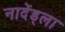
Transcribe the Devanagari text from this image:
नादेंड्ला